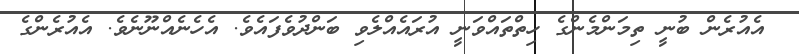
އެއުރެން ބުނީ ތިމަންމެންގެ ހިތްތައްވަނީ އުރައެއްލެވި ބަންދުވެފައެވެ. އެހެނެއްނޫނެވެ. އެއުރެންގެ